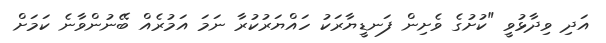
އަދި ވިދާޅުވީ "ކުށުގެ ވެށިން ފަނޑީޔާރަކު ހައްޔަރުކުރާ ނަމަ އަމުރެއް ބޭނުންވާނެ ކަމަށް